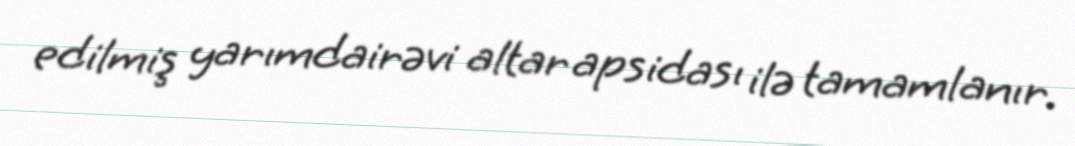
edilmiş yarımdairəvi altar apsidası ilə tamamlanır.